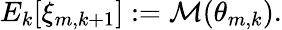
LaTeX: E_{k}[\xi_{m,k+1}]:=\mathcal{M}(\theta_{m,k}).